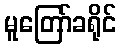
မူတြော်ခရိုင်